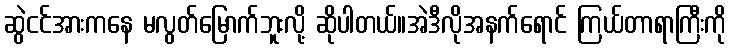
ဆွဲငင်အားကနေ မလွတ်မြောက်ဘူးလို့ ဆိုပါတယ်။အဲဒီလိုအနက်ရောင် ကြယ်တာရာကြီးကို